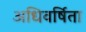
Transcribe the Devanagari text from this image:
अधिवर्षिता